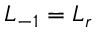
L _ { - 1 } = L _ { r }